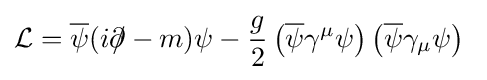
{\mathcal {L}}={\overline {\psi }}(i\partial \!\!\!/-m)\psi -{\frac {g}{2}}\left({\overline {\psi }}\gamma ^{\mu }\psi \right)\left({\overline {\psi }}\gamma _{\mu }\psi \right)\